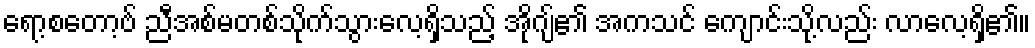
ရော့စတော့ဗ် ညီအစ်မတစ်သိုက်သွားလေ့ရှိသည့် အိုဂျ်၏ အကသင် ကျောင်းသို့လည်း လာလေ့ရှိ၏။